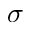
\sigma